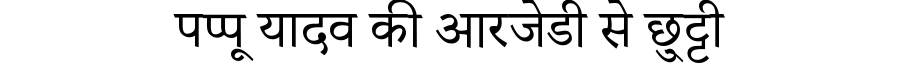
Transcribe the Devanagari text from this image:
पप्पू यादव की आरजेडी से छु्ट्टी